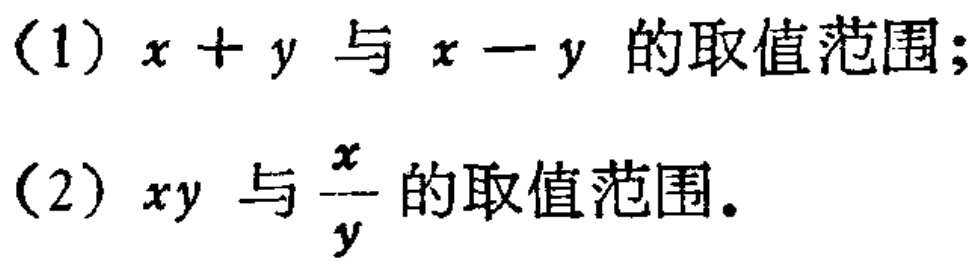
(1) \(x + y\) 与 \(x - y\) 的取值范围；
(2) \(xy\) 与 \(\frac{x}{y}\) 的取值范围。